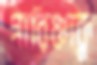
গারিঞ্চাক্ল